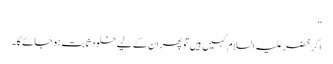
‘‘
اگر خضر علیہ السلام کہیں ہیں تو پھر ان کے لیے خلود ثابت ہو جائے گا۔